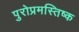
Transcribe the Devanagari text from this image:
पुरोप्रमस्तिष्क